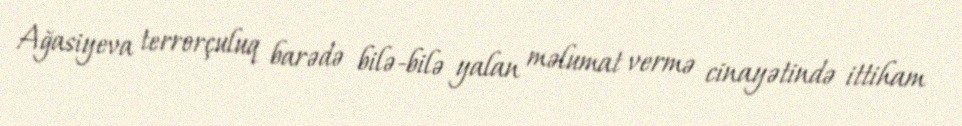
Ağasiyeva terrorçuluq barədə bilə-bilə yalan məlumat vermə cinayətində ittiham